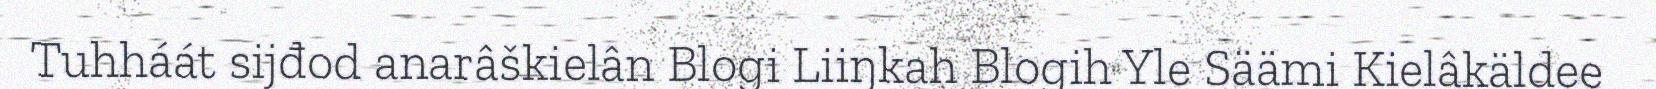
Tuhháát sijđod anarâškielân Blogi Liiŋkah Blogih Yle Säämi Kielâkäldee